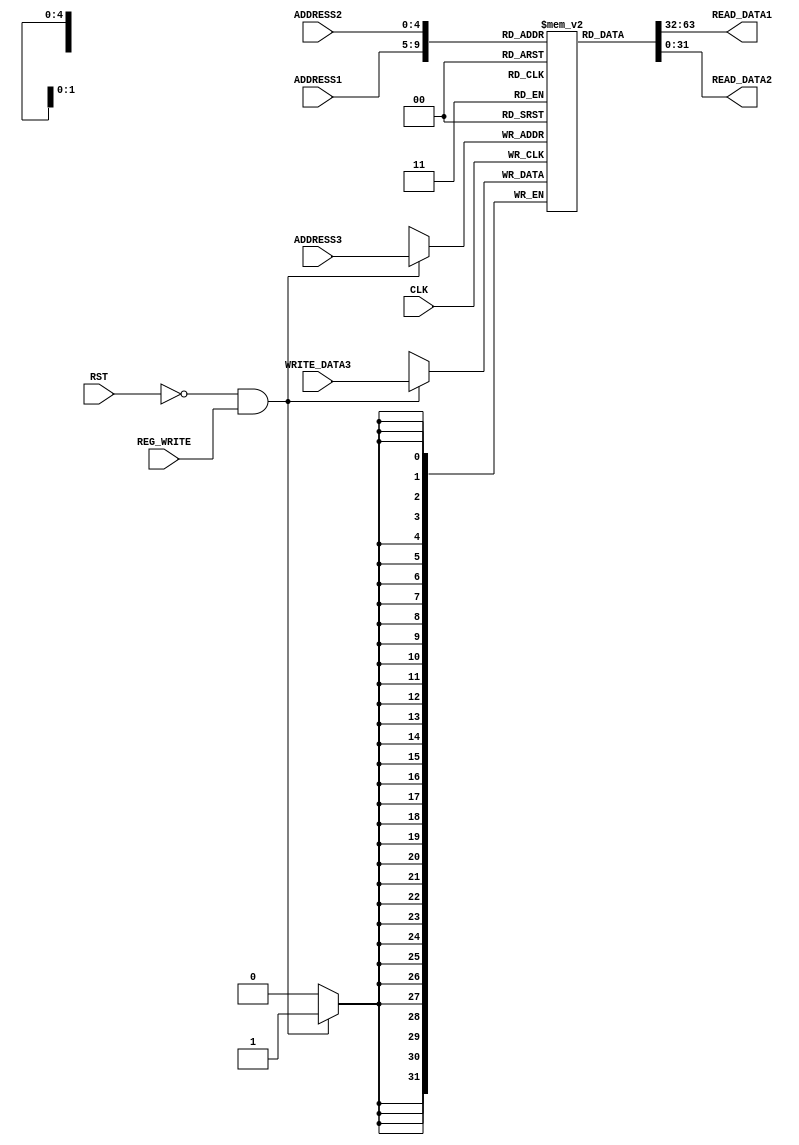
module REGISTER_FILE (
	input CLK,
	input RST,
	input REG_WRITE,
	input [4:0] ADDRESS1,
	input [4:0] ADDRESS2,
	input [4:0] ADDRESS3,
	input [31:0] WRITE_DATA3,
	output [31:0] READ_DATA1,
   output [31:0] READ_DATA2
);

reg [31:0] ram[0:31];

assign READ_DATA1 = ram[ADDRESS1];
assign READ_DATA2 = ram[ADDRESS2];

initial begin
	ram[32'd5] = 32'd6;
	ram[32'd9] = 32'h2004;
end

always @ (posedge CLK) begin
  if(!RST && REG_WRITE)
    ram[ADDRESS3] <= WRITE_DATA3;
end

endmodule